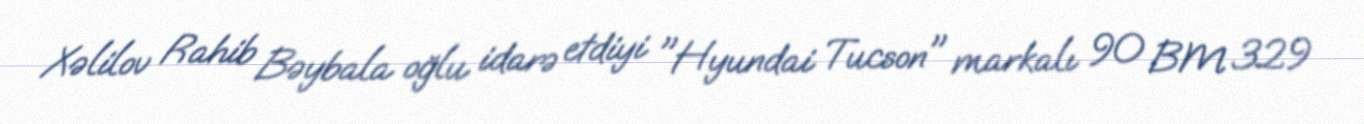
Xəlilov Rahib Bəybala oğlu idarə etdiyi "Hyundai Tucson" markalı 90 BM 329